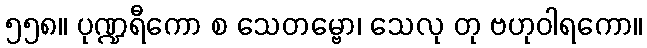
၅၅၈။ ပုဏ္ဍရီကော စ သေတမ္ဗော၊ သေလု တု ဗဟုဝါရကော။